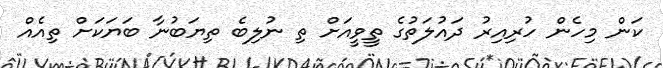
ކަން މިހެން ހުރިއިރު ދައުލަތުގެ ތީވީއަށް ތި ނުލިބެ ތިޔަބުނާ ބަޔަކަށް ތިއެއް